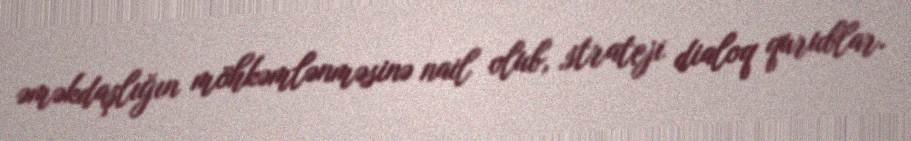
əməkdaşlığın möhkəmlənməsinə nail olub, strateji dialoq qurublar.